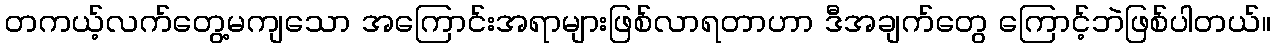
တကယ့်လက်တွေ့မကျသော အကြောင်းအရာများဖြစ်လာရတာဟာ ဒီအချက်တွေ ကြောင့်ဘဲဖြစ်ပါတယ်။